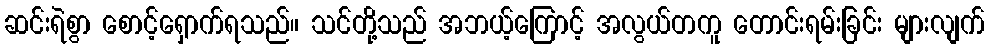
ဆင်းရဲစွာ စောင့်ရှောက်ရသည်။ သင်တို့သည် အဘယ့်ကြောင့် အလွယ်တကူ တောင်းရမ်းခြင်း များလျက်